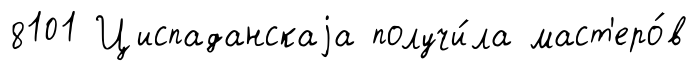
8101 Циспаданскаjа получи́ла маст'еро́в